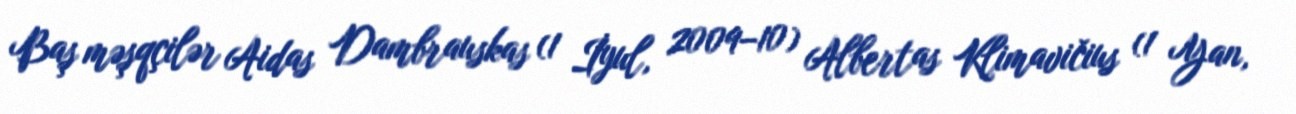
Baş məşqçilər Aidas Dambrauskas (1 İyul, 2009–10) Albertas Klimavičius (1 Yan,